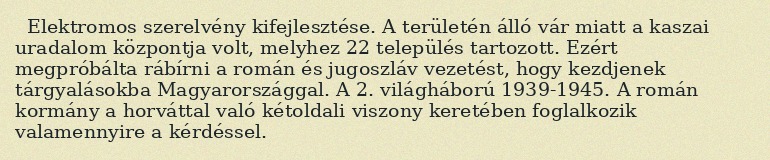
Elektromos szerelvény kifejlesztése. A területén álló vár miatt a kaszai uradalom központja volt, melyhez 22 település tartozott. Ezért megpróbálta rábírni a román és jugoszláv vezetést, hogy kezdjenek tárgyalásokba Magyarországgal. A 2. világháború 1939-1945. A román kormány a horváttal való kétoldali viszony keretében foglalkozik valamennyire a kérdéssel.